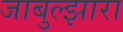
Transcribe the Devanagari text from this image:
जाबुल्झारा